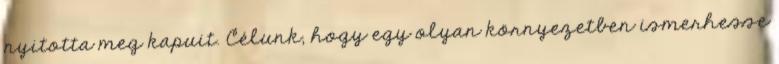
nyitotta meg kapuit. Célunk, hogy egy olyan környezetben ismerhesse